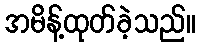
အမိန့်ထုတ်ခဲ့သည်။